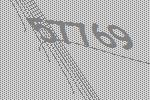
57769